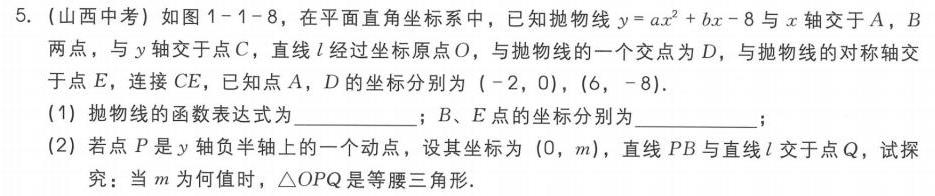
5.（山西中考）如图1 - 1 - 8，在平面直角坐标系中，已知抛物线\(y = ax^{2}+bx - 8\)与\(x\)轴交于\(A\)，\(B\)两点，与\(y\)轴交于点\(C\)，直线\(l\)经过坐标原点\(O\)，与抛物线的一个交点为\(D\)，与抛物线的对称轴交于点\(E\)，连接\(CE\)，已知点\(A\)，\(D\)的坐标分别为\(( - 2,0)\)，\((6, - 8)\)．
(1) 抛物线的函数表达式为__________；\(B\)、\(E\)的坐标分别为__________；
(2) 若点\(P\)是\(y\)轴负半轴上的一个动点，设其坐标为\((0,m)\)，直线\(PB\)与直线\(l\)交于点\(Q\)，试探究：当\(m\)为何值时，\(\triangle OPQ\)是等腰三角形．